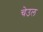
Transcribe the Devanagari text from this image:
चेउल